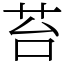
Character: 苔